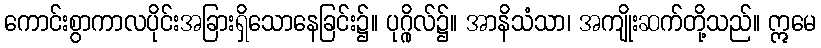
ကောင်းစွာကာလပိုင်းအခြားရှိသောနေခြင်း၌။ ပုဂ္ဂိုလ်၌။ အာနိသံသာ၊ အကျိုးဆက်တို့သည်။ ဣမေ